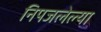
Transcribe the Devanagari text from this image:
निपजलेल्या